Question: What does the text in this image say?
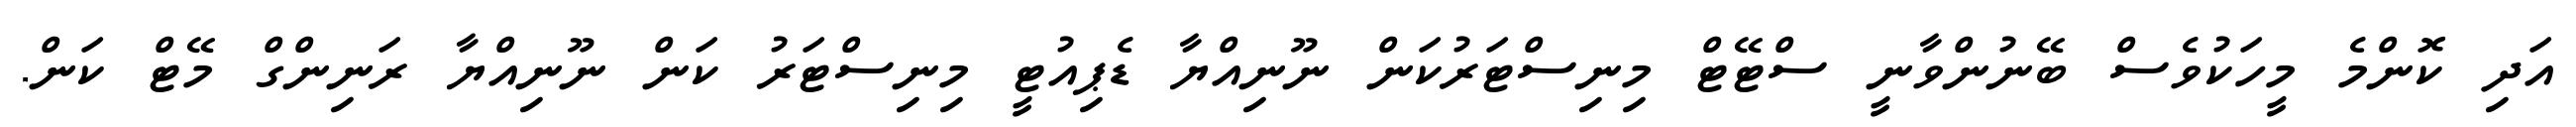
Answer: އަދި ކޮންމެ މީހަކުވެސް ބޭނުންވާނީ ސްޓޭޓް މިނިސްޓަރުކަން ނޫނިއްޔާ ޑެޕިއުޓީ މިނިސްޓަރު ކަން ނޫނިއްޔާ ރަނިންގް މޭޓް ކަން.